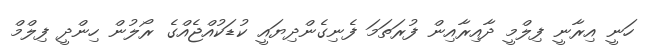
ހަނީ އިރާނީ ފިލްމީ ދާއިރާއިން ފުރަތަމަ ފެނިގެންދިޔައީ ކުޑަކުއްޖެއްގެ ރޯލުން ހިންދީ ފިލްމް